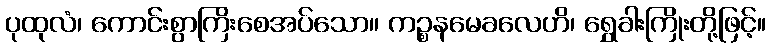
ပုထုလံ၊ ကောင်းစွာကြိးစေအပ်သော။ ကဉ္စနမေခလေဟိ၊ ရွှေခါးကြိုးတို့ဖြင့်။